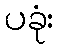
ပခုံး